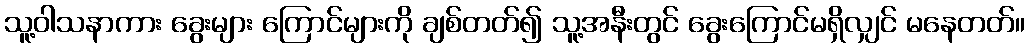
သူ့ဝါသနာကား ခွေးများ ကြောင်များကို ချစ်တတ်၍ သူ့အနီးတွင် ခွေးကြောင်မရှိလျှင် မနေတတ်။